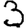
Digit: 3